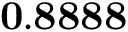
\mathbf { 0 . 8 8 8 8 }